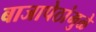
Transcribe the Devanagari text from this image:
बाजापेठांमुळे